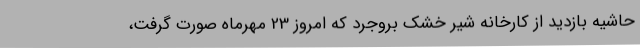
حاشیه بازدید از کارخانه شیر خشک بروجرد که امروز 23 مهرماه صورت گرفت،